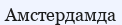
Амстердамда